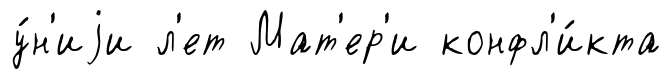
у́н'иjи л'ет Мат'ер'и конфл'и́кта